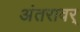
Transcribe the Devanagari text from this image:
अंतरावर्